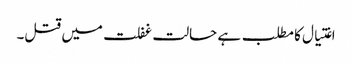
اغتیال کا مطلب ہے حالت غفلت میں قتل۔